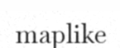
maplike